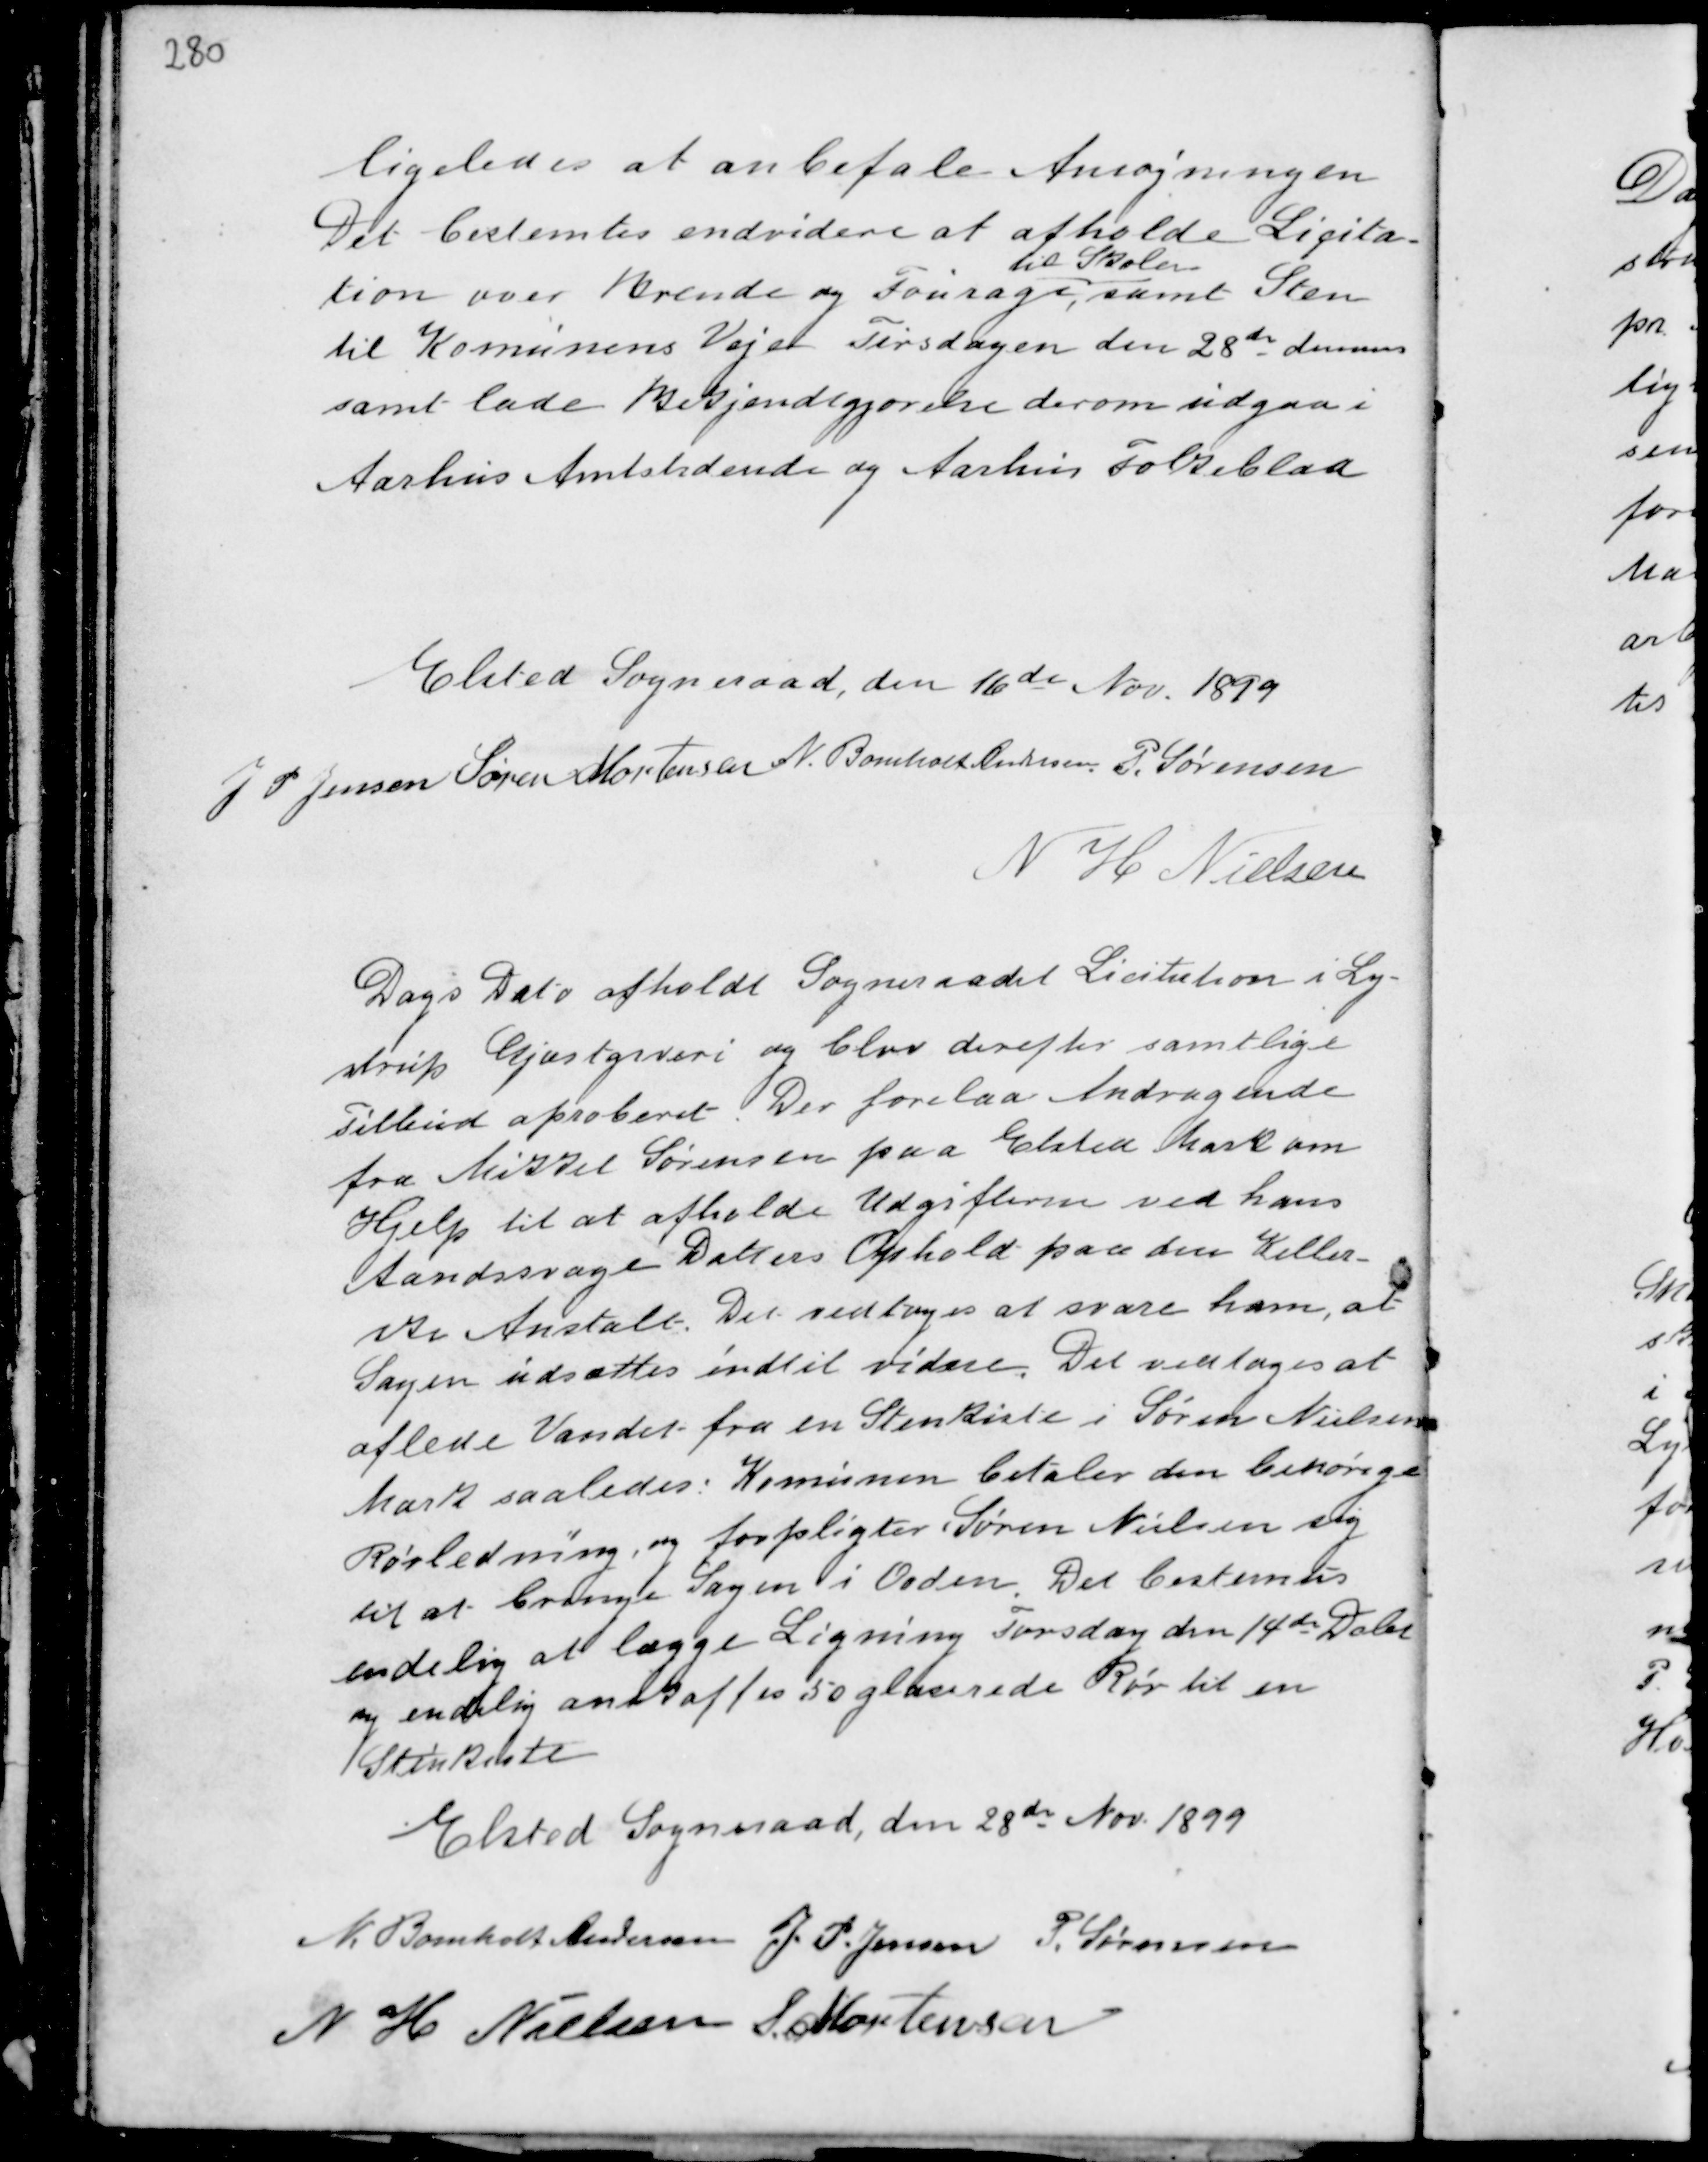
Transskription:
ligeledes at anbefale Ansøgningen
Det bestemtes endvidere at afholde Licita-
tion over Brende og Fourage,
til Skolen
samt Sten
til Komunens Veje Tirsdagen den 28de dennns
samt lade Bekjendtgjørelse derom udgaa i
Aarhus Amtstidende og Aarhus Folkeblad

Elsted Sogneraad, den 16de Nov. 1899
J P Jensen Søren Mortensen N. Bomholt Andersen P. Sørensen
N H Nielsen

Dags Dato afholdt Sogneraadet Licitation i Ly-
strup Gjæstgiveri og blev derefter samtlige
Tilbud aproberet. Der forelaa Andragende
fra Mikkel Sørensen paa Elsted Mark om
Hjelp til at afholde Udgifterne ved hans
Aandsvage Datters Ophold paa den Keller-
ske Anstalt. Det vedtoges at svare ham, at
Sagen udsættes indtil videre. Det vedtoges at
aflede Vandet fra en Stenkiste i Søren Nielsens
Mark saaledes: Komunen betaler den behørige
Rørledning og forpligter Søren Nielsen sig
til at bringe Sagen i Orden. Det bestemtes
endelig at lægge Ligning Torsdag den 14de Dcbr
og endelig anskaffes 50 glaserede Rør til en
Stenkiste

Elsted Sogneraad, den 28de Nov. 1899
N. Bomholt Andersen J. P. Jensen P. Sørensen
N H Nielsen S. Mortensen